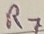
Text: R7